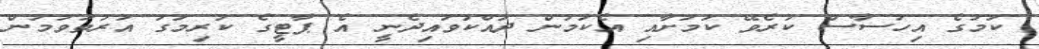
ކަމުގެ އިހުސާސް ކުރެވޭ ކަމަށާއި އެކަމުން ދައްކުވައިދެނީ އެ ޕާޓީގެ ކުރިމަގު އަރުތަވަމުން